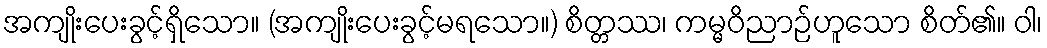
အကျိုးပေးခွင့်ရှိသော။ (အကျိုးပေးခွင့်မရသော။) စိတ္တဿ၊ ကမ္မဝိညာဉ်ဟူသော စိတ်၏။ ဝါ၊